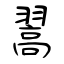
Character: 翯